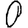
Digit: 0